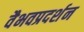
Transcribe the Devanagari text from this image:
वैभवप्रदर्शन